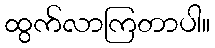
ထွက်လာကြတာပါ။